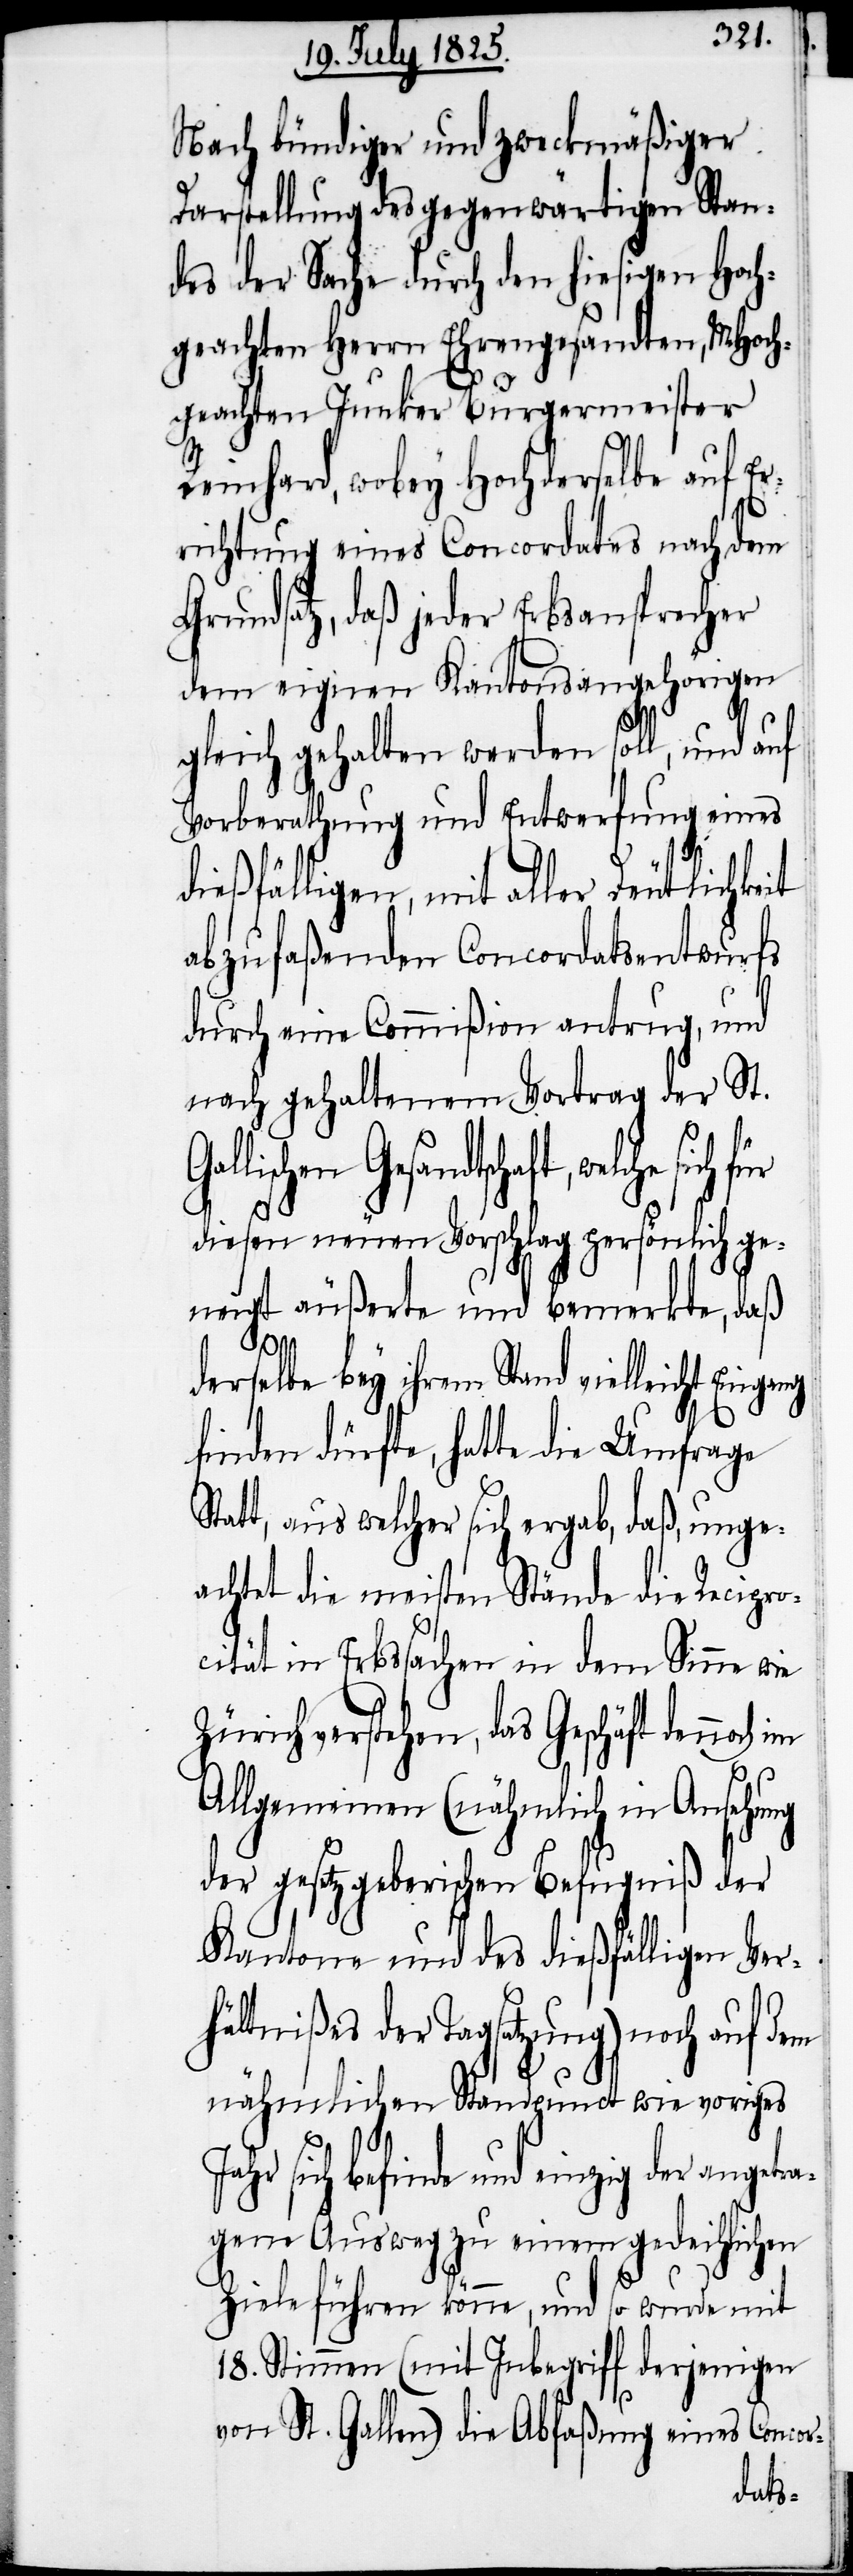
Nach bündiger und zweckmäßiger
Darstellung des gegenwärtigen Stan¬
des der Sache durch den hiesigen Hoch¬
geachten Herrn Ehrengesandten, MHoch¬
geachten Junker Burgermeister
Reinhard, wobey Hochderselbe auf Er¬
richtung eines Concordates nach dem
Grundsatz, daß jeder Erbansprecher
dem eignen Kantonsangehörigen
gleich gehalten werden soll, und auf
Vorberathung und Entwerfung eines
dießfälligen, mit aller Deutlichke¬
abzufaßenden Concordatsentwurfs
durch eine Commißion antrug, und
nach gehaltenem Vortrag der St.
welche sich für
diesen neuen Vorschlag persönlich ge¬
neigt äußerte und bemerkte, daß
sich
derselbe bey ihrem Stand vielleicht Eingang
finden dürfte, hatte die Umfrage
Statt, aus welcher sich ergab, daß, unge¬
achtet die meisten Stände die Recipro¬
cität in Erbsachen in dem Sinne wie
Zürich verstehen, das Geschäft dennoch
Allgemeinen (nähmlich in Ansehung
der gesetzgeberischen Befugniß der
Kantone und des dießfälligen Ver¬
hältnißes der Tagsatzung) noch auf dem
nähmlichen Standpunct wie voriges
befinde und einzig der angetr¬
agene Ausweg zu einem gedeihlichen
Ziele führen könne, und so wurde mit
18. Stimmen (mit Zuschrift derjenigen
von St. Gallen) die Abfaßung eines Concor-